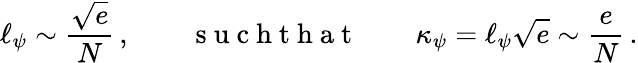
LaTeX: \ell_{\psi}\sim\frac{\sqrt{e}}{N}\, ,\qquad\mathrm{~s~u~c~h~t~h~a~t~}\qquad\kappa_{\psi}=\ell_{\psi}\sqrt{e}\sim\frac{e}{N}\, .